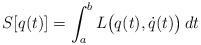
LaTeX: \begin{align*}S[q(t)] = \int_{a}^{b} L\big(q(t),\dot q(t)\big)\,dt\end{align*}